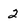
Character: 2